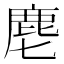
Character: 麀